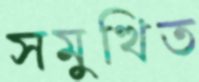
সমুত্থিত